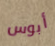
أبوس